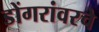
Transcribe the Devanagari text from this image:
डोंगरांवरचे